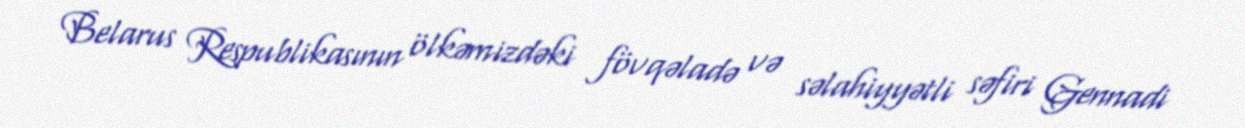
Belarus Respublikasının ölkəmizdəki fövqəladə və səlahiyyətli səfiri Gennadi